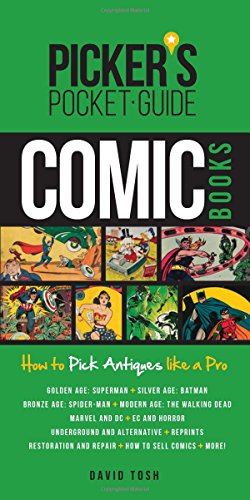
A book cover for Picker's Pocket Guide - Comic Books: How to Pick Antiques Like a Pro (Picker's Pocket Guides); David Tosh; Comics & Graphic Novels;